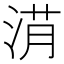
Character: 𣷎